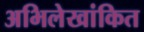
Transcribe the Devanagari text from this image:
अभिलेखांकित